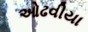
ઓઢવીયા